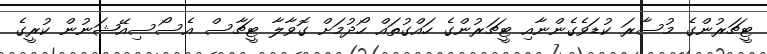
ޓީޗަރުންގެ މުސާރަ ކުޑަވެގެންނާއި ޓީޗަރުންގެ ހައްގުތައް ހޯދުމަށް ގޮވާލާ ޓީޗާސް އެސޯސިއޭޝަނުން ކުރީގެ